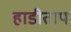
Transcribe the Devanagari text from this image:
हाडीताप